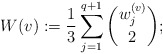
\begin{align*}W(v) := \frac{1}{3} \sum_{j=1}^{q+1} \binom{w_j^{(v)}}{2};\end{align*}